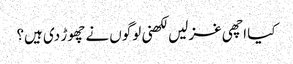
کیا اچھی غزلیں لکھنی لوگوں نے چھوڑ دی ہیں؟